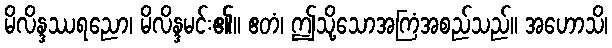
မိလိန္ဒဿရညော၊ မိလိန္ဒမင်း၏။ ဧတံ၊ ဤသို့သောအကြံအစည်သည်။ အဟောသိ၊